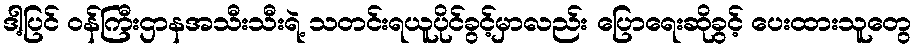
ဒါ့ပြင် ဝန်ကြီးဌာနအသီးသီးရဲ့ သတင်းရယူပိုင်ခွင့်မှာလည်း ပြောရေးဆိုခွင့် ပေးထားသူတွေ